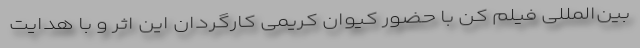
بین‌المللی فیلم کن با حضور کیوان کریمی کارگردان این اثر و با هدایت